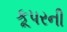
કૂપરની